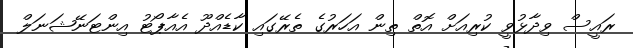
ރައީސް ވިދާޅުވީ ކުރިއަށް އޮތް ތިން އަހަރުގެ ތެރޭގައި ކާޑެއްދޫ އެއާޕޯޓު އިންޓަނޭޝަނަލް